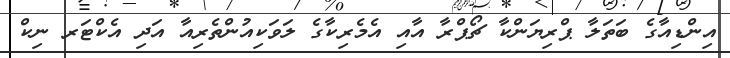
އިންޑިއާގެ ބަތަލާ ޕްރިޔަންކާ ޗޯޕްރާ އާއި އެމެރިކާގެ ލަވަކިއުންތެރިއާ އަދި އެކްޓަރ ނިކް